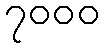
၇၀၀၀